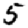
Digit: 5